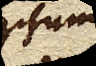
nescio